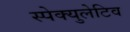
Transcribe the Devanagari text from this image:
स्पेक्युलेटिव